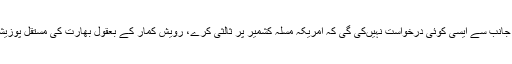
بھارتی وزارت خارجہ کے ترجمان رویش کمار کا کہنا تھا کہ بھارت وزیر اعظم نریندر مودی کی جانب سے ایسی کوئی درخواست نہیںکی گی کہ امریکہ مسلہ کشمیر پر ثالثی کرے، رویش کمار کے بعقول بھارت کی مستقل پوزیشن یہ ہے کہ پاکستان سے مذاکرت اسی وقت ممکن ہونگے جب وہ سرحد پر دہشت گردی ختم کرے۔